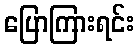
ပြောကြားရင်း